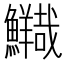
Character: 𲍃